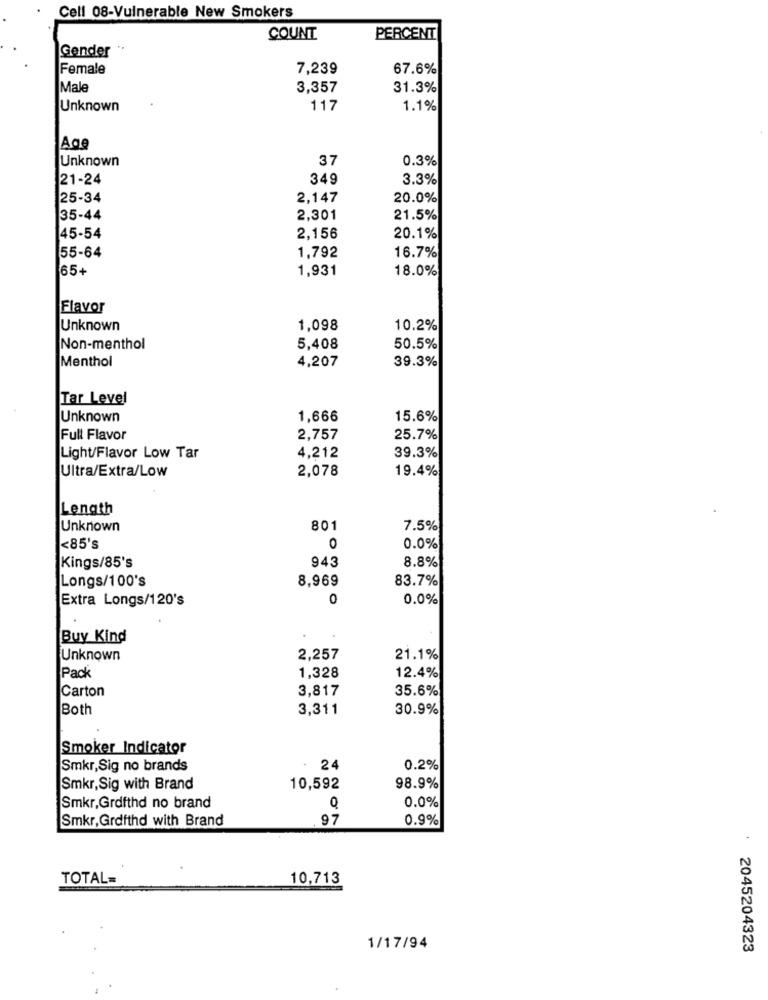
Cell 08-Vulnerable New Smokers
COUNT
PERCENT
Gender
Female
7,239
67.6%
Male
3,357
31.3%
Unknown
117
1.1%
Age
Unknown
37
0.3%
21-24
349
3.3%
25-34
2,147
20.0%
35-44
2,301
21.5%
45-54
2,156
20.1%
55-64
1,792
16.7%
65+
1,931
18.0%
Flavor
Unknown
1,098
10.2%
Non-menthol
5,408
50.5%
Menthol
4,207
39.3%
Tar Level
Unknown
1,666
15.6%
Full Flavor
2,757
25.7%
Light/Flavor Low Tar
4,212
39.3%
Ultra/Extra/Low
2,078
19.4%
Length
Unknown
801
7.5%
<85's
0
0.0%
943
8.8%
Kings/85's
Longs/100's
8,969
83.7%
Extra Longs/120's
0
0.0%
Buy Kind
Unknown
2,257
21.1%
Pack
12.4%
1,328
Carton
3,817
35.6%
Both
3,311
30.9%
Smoker Indicator
Smkr,Sig no brands
24
0.2%
Smkr,Sig with Brand
10,592
98.9%
0.0%
Smkr,Grdfthd no brand
Q
Smkr, Grdfthd with Brand
97
0.9%
TOTAL=
10,713
1/17/94
2045204323